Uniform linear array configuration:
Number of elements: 16
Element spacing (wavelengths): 1
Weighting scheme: exponential
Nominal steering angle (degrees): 0
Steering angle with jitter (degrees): -0.9126
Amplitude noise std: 0.05
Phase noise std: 0.05

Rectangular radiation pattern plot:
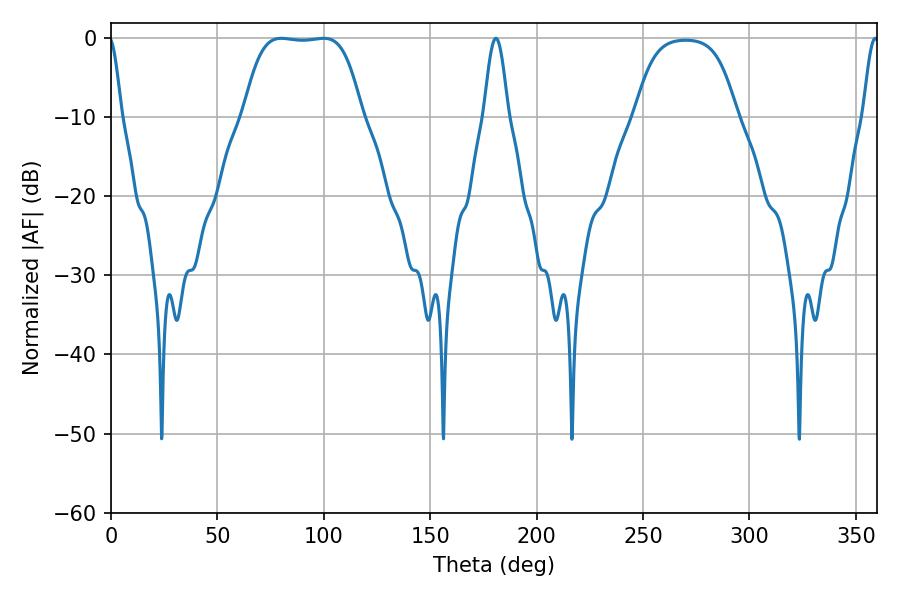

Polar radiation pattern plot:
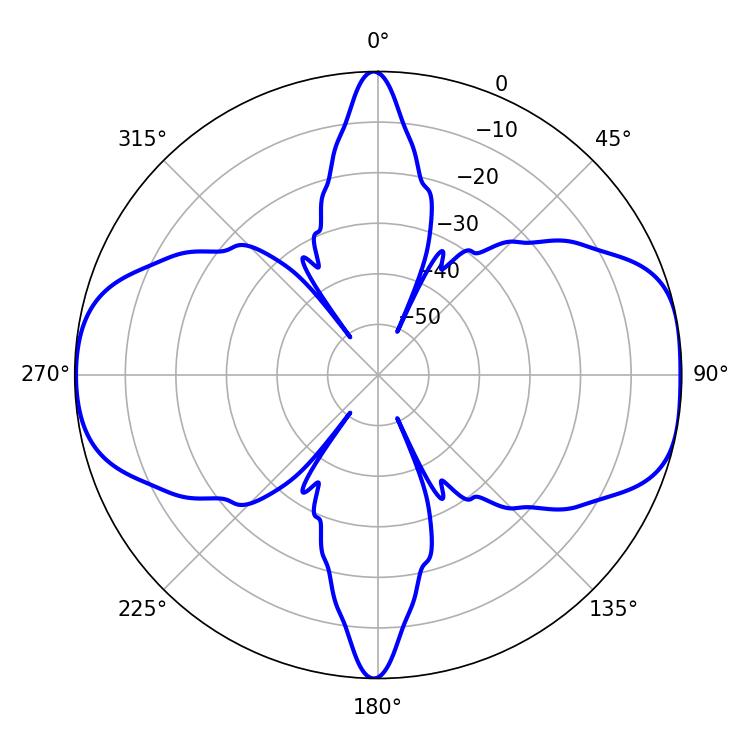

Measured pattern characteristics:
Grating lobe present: TRUE
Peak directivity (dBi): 10.291
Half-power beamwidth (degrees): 42.84
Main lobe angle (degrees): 80.1